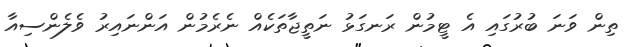
ތިން ވަނަ ބުރުގައި އެ ޓީމުން ރަނގަޅު ނަތީޖާތަކެއް ނެރެމުން އަންނައިރު ވެލެންސިއާ